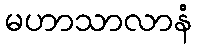
မဟာသာလာနံ